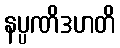
နပ္ပဏိဒဟတိ